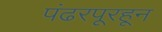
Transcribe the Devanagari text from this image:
पंढरपूरहून